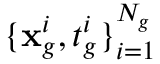
\{ \mathbf { x } _ { g } ^ { i } , t _ { g } ^ { i } \} _ { i = 1 } ^ { N _ { g } }